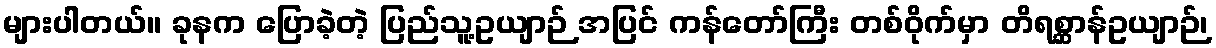
များပါတယ်။ ခုနက ပြောခဲ့တဲ့ ပြည်သူ့ဥယျာဉ် အပြင် ကန်တော်ကြီး တစ်ဝိုက်မှာ တိရစ္ဆာန်ဥယျာဉ်၊